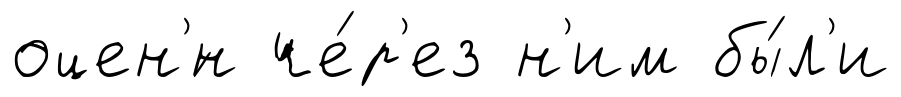
оцен'́н че́р'ез н'им бы́л'и